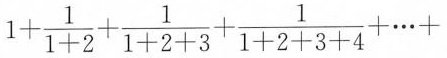
1+ \frac{1}{1+2}+ \frac{1}{1+2+3}+ \frac{1}{1+2+3+4}+ \cdots +